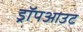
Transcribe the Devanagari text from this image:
ड्रॉपआउट